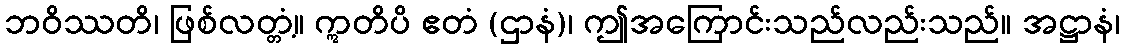
ဘဝိဿတိ၊ ဖြစ်လတ္တံ့။ ဣတိပိ ဧတံ (ဌာနံ)၊ ဤအကြောင်းသည်လည်းသည်။ အဋ္ဌာနံ၊